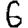
Digit: 6